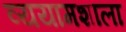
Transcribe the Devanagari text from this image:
व्ययामशाला